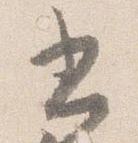
書